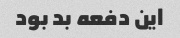
این دفعه بد بود